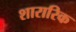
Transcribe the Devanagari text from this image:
शारारिक